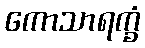
ကောသာရက္ခံ